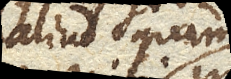
aliud quam